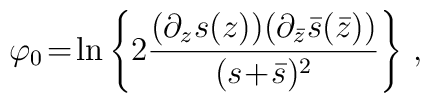
\varphi_0\!=\!\ln\left\{2\frac{(\partial_z s(z))(\partial_{\bar{z}}\bar{s}(\bar{z}))}{(s\!+\!\bar{s})^2}\right\}\,,